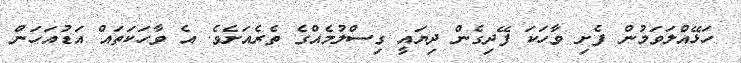
ހަޅޭއްލަވަމުން ފެށި ވާހަކަ ފޭދިގެން ދިޔައީ ގިސްލުމެއްގެ ތެރެއަށެވެ. އެ ވާހަކަތައް އަޑުއަހަން